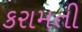
કરામતી